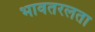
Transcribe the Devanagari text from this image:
भावतरलता